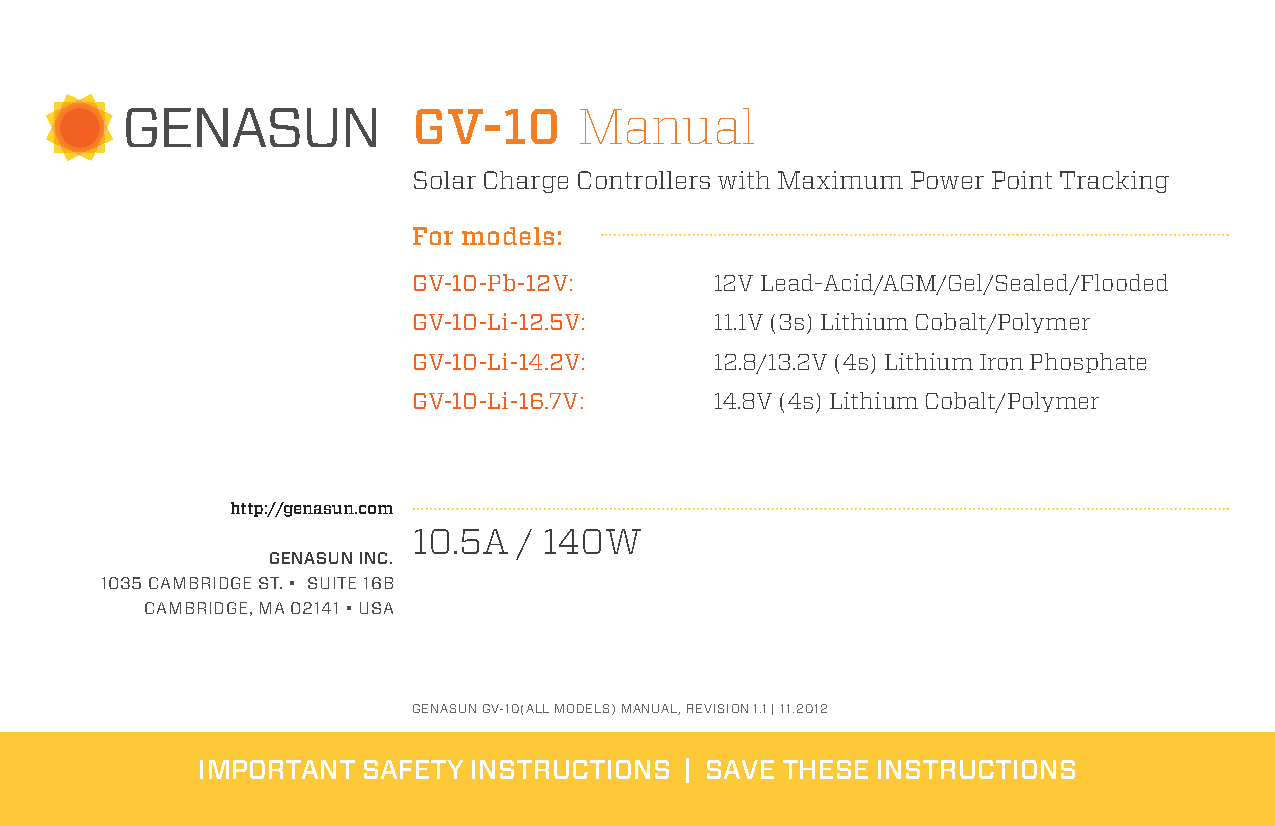
GV-10      Manual
 Solar Charge Controllers with Maximum Power Point Tracking
 For models:
 GV-10-Pb-12V:       12V Lead-Acid/AGM/Gel/Sealed/Flooded
 GV-10-Li-12.5V:     11.1V (3s) Lithium Cobalt/Polymer
 GV-10-Li-14.2V:     12.8/13.2V (4s) Lithium Iron Phosphate
 GV-10-Li-16.7V:     14.8V (4s) Lithium Cobalt/Polymer
 http://genasun.com
 10.5A  / 140W
 GENASUN INC.
 1035 Cambridge st. • suite 16b
 Cambridge, ma 02141 • usa
 Genasun GV-10(all models) manual, ReVIsIon 1.1 | 11.2012
 IMPORTANT  SAFETY INSTRUCTIONS  | SAVE THESE INSTRUCTIONS